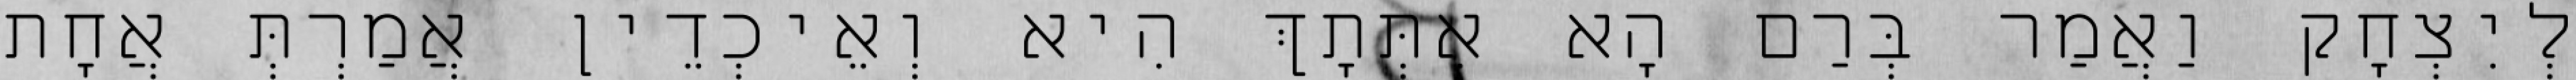
לְיִצְחָק וַאֲמַר בְּרַם הָא אִתְּתָךְ הִיא וְאֵיכְדֵין אֲמַרְתְּ אֲחָת